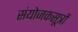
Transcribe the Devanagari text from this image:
संयोजकसूत्रों